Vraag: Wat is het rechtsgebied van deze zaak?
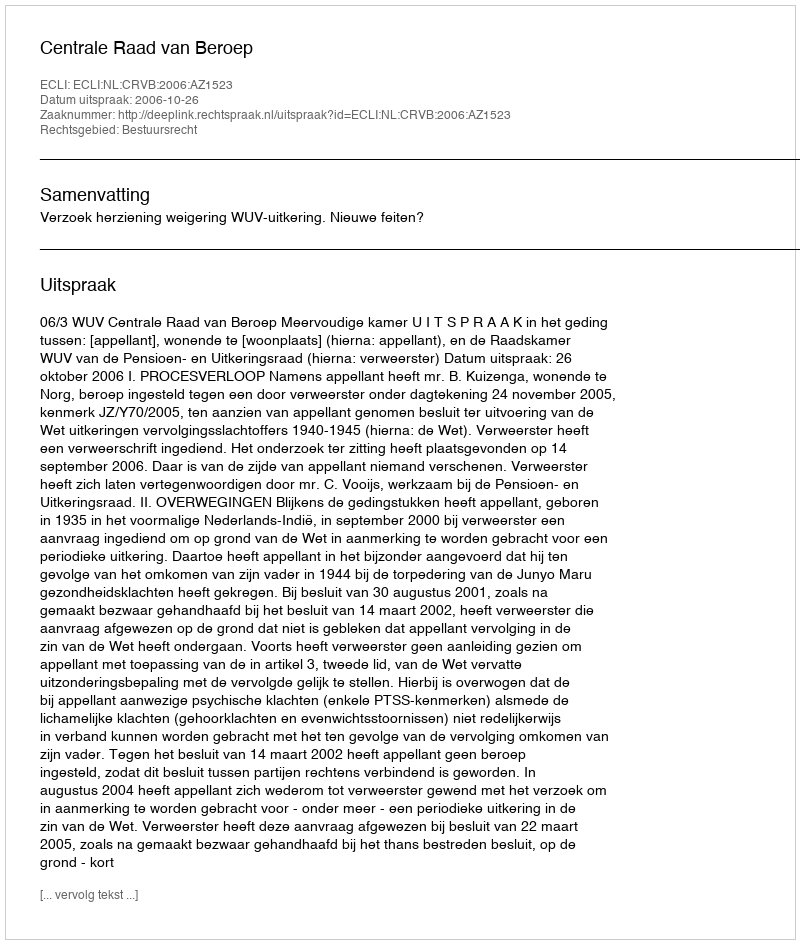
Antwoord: Bestuursrecht